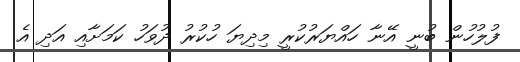
ފުލުހުން ބުނީ އޭނާ ހައްޔަރުކުރީ މިދިޔަ ހުކުރު ދުވަހު ކަމަށާއި އަދި އެ